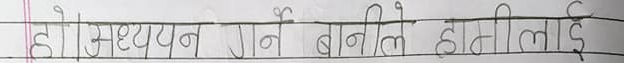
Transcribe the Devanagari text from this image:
होइन अध्ययन गर्ने बनले हनीलाई